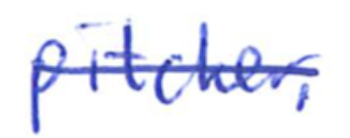
Text: pitcher.
Cross-out: single-line
Writing tool: ballpoint